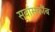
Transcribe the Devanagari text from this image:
स्वांसकौंब